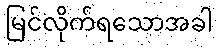
မြင်လိုက်ရသောအခါ